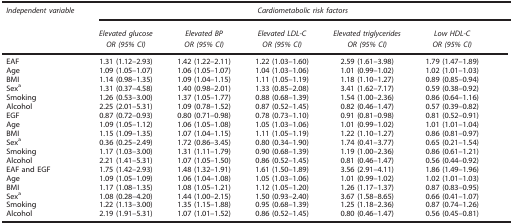
<table><thead><tr><td><b><i>Independent variable</i></b></td><td colspan="5"><b><i>Cardiometabolic risk factors</i></b></td></tr><tr><td><b> </b></td><td><b><i>Elevated glucose</i></b></td><td><b><i>Elevated BP</i></b></td><td><b><i>Elevated LDL-C</i></b></td><td><b><i>Elevated triglycerides</i></b></td><td><b><i>Low HDL-C</i></b></td></tr><tr><td><b> </b></td><td><b><i>OR (95% CI)</i></b></td><td><b><i>OR (95% CI)</i></b></td><td><b><i>OR (95% CI)</i></b></td><td><b><i>OR (95% CI)</i></b></td><td><b><i>OR (95% CI)</i></b></td></tr></thead><tbody><tr><td>EAF</td><td>1.31 (1.12–2.93)</td><td>1.42 (1.22–2.11)</td><td>1.22 (1.03–1.60)</td><td>2.59 (1.61–3.98)</td><td>1.79 (1.47–1.89)</td></tr><tr><td>Age</td><td>1.09 (1.05–1.07)</td><td>1.06 (1.05–1.07)</td><td>1.04 (1.03–1.06)</td><td>1.01 (0.99–1.02)</td><td>1.02 (1.01–1.03)</td></tr><tr><td>BMI</td><td>1.14 (0.98–1.35)</td><td>1.09 (1.04–1.15)</td><td>1.11 (1.05–1.19)</td><td>1.18 (1.10–1.27)</td><td>0.89 (0.85–0.94)</td></tr><tr><td>Sexa</td><td>1.31 (0.37–4.58)</td><td>1.40 (0.98–2.01)</td><td>1.33 (0.85–2.08)</td><td>3.41 (1.62–7.17)</td><td>0.59 (0.38–0.92)</td></tr><tr><td>Smoking</td><td>1.26 (0.53–3.00)</td><td>1.37 (1.05–1.77)</td><td>0.88 (0.68–1.39)</td><td>1.54 (1.00–2.36)</td><td>0.86 (0.64–1.16)</td></tr><tr><td>Alcohol</td><td>2.25 (2.01–5.31)</td><td>1.09 (0.78–1.52)</td><td>0.87 (0.52–1.45)</td><td>0.82 (0.46–1.47)</td><td>0.57 (0.39–0.82)</td></tr><tr><td>EGF</td><td>0.87 (0.72–0.93)</td><td>0.80 (0.71–0.98)</td><td>0.78 (0.73–1.10)</td><td>0.91 (0.81–0.98)</td><td>0.81 (0.52–0.91)</td></tr><tr><td>Age</td><td>1.09 (1.05–1.12)</td><td>1.06 (1.05–1.08)</td><td>1.05 (1.03–1.06)</td><td>1.01 (0.99–1.02)</td><td>1.01 (1.01–1.04)</td></tr><tr><td>BMI</td><td>1.15 (1.09–1.35)</td><td>1.07 (1.04–1.15)</td><td>1.11 (1.05–1.19)</td><td>1.22 (1.10–1.27)</td><td>0.86 (0.81–0.97)</td></tr><tr><td>Sexa</td><td>0.36 (0.25–2.49)</td><td>1.72 (0.86–3.45)</td><td>0.80 (0.34–1.90)</td><td>1.74 (0.41–3.77)</td><td>0.65 (0.21–1.54)</td></tr><tr><td>Smoking</td><td>1.17 (1.03–3.00)</td><td>1.31 (1.11–1.79)</td><td>0.90 (0.68–1.39)</td><td>1.19 (1.00–2.36)</td><td>0.86 (0.61–1.21)</td></tr><tr><td>Alcohol</td><td>2.21 (1.41–5.31)</td><td>1.07 (1.05–1.50)</td><td>0.86 (0.52–1.45)</td><td>0.81 (0.46–1.47)</td><td>0.56 (0.44–0.92)</td></tr><tr><td>EAF and EGF</td><td>1.75 (1.42–2.93)</td><td>1.48 (1.32–1.91)</td><td>1.61 (1.50–1.89)</td><td>3.56 (2.91–4.11)</td><td>1.86 (1.49–1.96)</td></tr><tr><td>Age</td><td>1.09 (1.05–1.09)</td><td>1.06 (1.04–1.08)</td><td>1.05 (1.03–1.06)</td><td>1.01 (0.99–1.02)</td><td>1.02 (1.01–1.03)</td></tr><tr><td>BMI</td><td>1.17 (1.08–1.35)</td><td>1.08 (1.05–1.21)</td><td>1.12 (1.05–1.20)</td><td>1.26 (1.17–1.37)</td><td>0.87 (0.83–0.95)</td></tr><tr><td>Sexa</td><td>1.08 (0.28–4.20)</td><td>1.44 (1.00–2.15)</td><td>1.50 (0.93–2.40)</td><td>3.67 (1.58–8.65)</td><td>0.66 (0.41–1.07)</td></tr><tr><td>Smoking</td><td>1.22 (1.13–3.00)</td><td>1.35 (1.15–1.88)</td><td>0.95 (0.68–1.39)</td><td>1.25 (1.18–2.36)</td><td>0.87 (0.74–1.26)</td></tr><tr><td>Alcohol</td><td>2.19 (1.91–5.31)</td><td>1.07 (1.01–1.52)</td><td>0.86 (0.52–1.45)</td><td>0.80 (0.46–1.47)</td><td>0.56 (0.45–0.81)</td></tr></tbody></table>